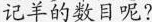
记羊的数目呢?